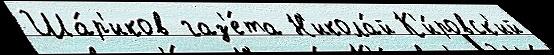
Ша́р'иков газ'е́та Н'икола́й К'и́ровск'ий